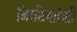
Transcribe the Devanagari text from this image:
ब्रिाटिशांशी